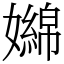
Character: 嬵